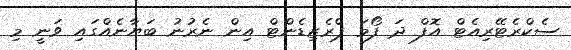
ސެކްރެޓޭރިއެޓް އޮފް ދަ ފޯމަ ޕްރެޒިޑެންޓް އިން ނެރުނު ބަޔާނެއްގައި ވަނީ މި